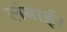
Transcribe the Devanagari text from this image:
लंबाई।